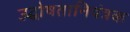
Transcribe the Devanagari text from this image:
उद्घोषतानियंत्रक